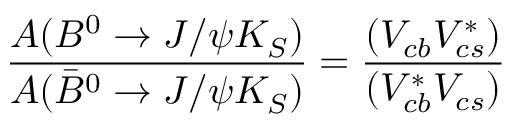
\frac { A ( B ^ { 0 } \rightarrow J / \psi K _ { S } ) } { A ( \bar { B } ^ { 0 } \rightarrow J / \psi K _ { S } ) } = \frac { ( V _ { c b } V _ { c s } ^ { \ast } ) } { ( V _ { c b } ^ { \ast } V _ { c s } ) }